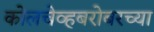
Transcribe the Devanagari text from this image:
कोलचेव्हबरोबरच्या